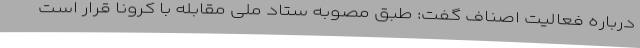
درباره فعالیت اصناف گفت: طبق مصوبه ستاد ملی مقابله با کرونا قرار است